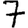
Digit: 7